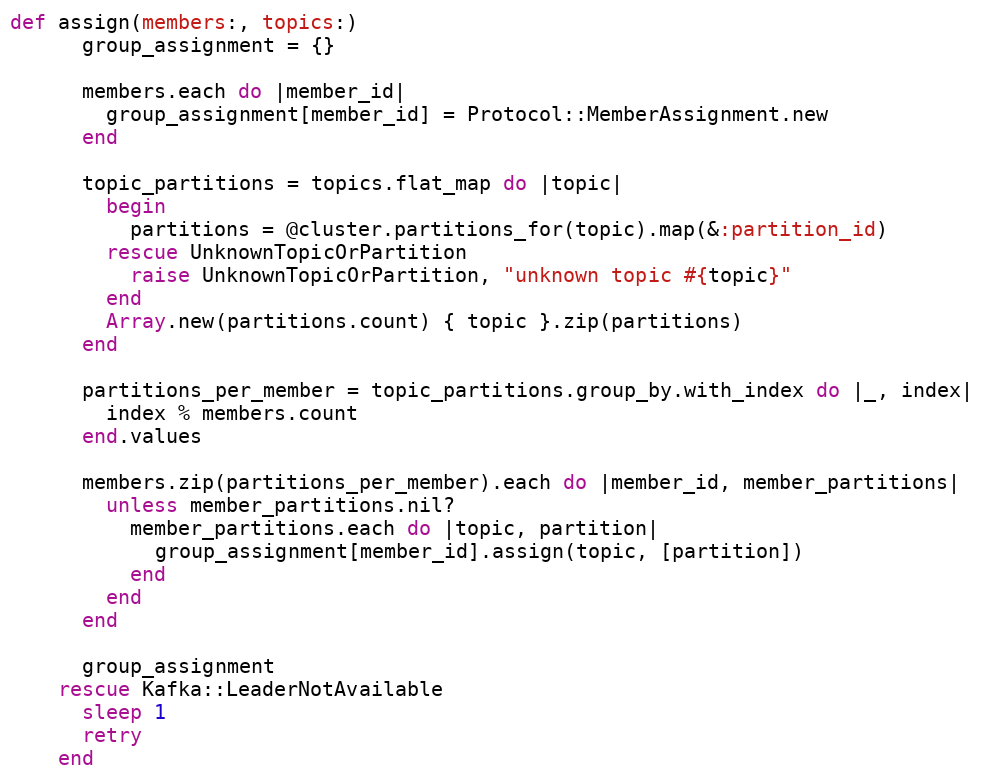
Language: Ruby
def assign(members:, topics:)
      group_assignment = {}

      members.each do |member_id|
        group_assignment[member_id] = Protocol::MemberAssignment.new
      end

      topic_partitions = topics.flat_map do |topic|
        begin
          partitions = @cluster.partitions_for(topic).map(&:partition_id)
        rescue UnknownTopicOrPartition
          raise UnknownTopicOrPartition, "unknown topic #{topic}"
        end
        Array.new(partitions.count) { topic }.zip(partitions)
      end

      partitions_per_member = topic_partitions.group_by.with_index do |_, index|
        index % members.count
      end.values

      members.zip(partitions_per_member).each do |member_id, member_partitions|
        unless member_partitions.nil?
          member_partitions.each do |topic, partition|
            group_assignment[member_id].assign(topic, [partition])
          end
        end
      end

      group_assignment
    rescue Kafka::LeaderNotAvailable
      sleep 1
      retry
    end